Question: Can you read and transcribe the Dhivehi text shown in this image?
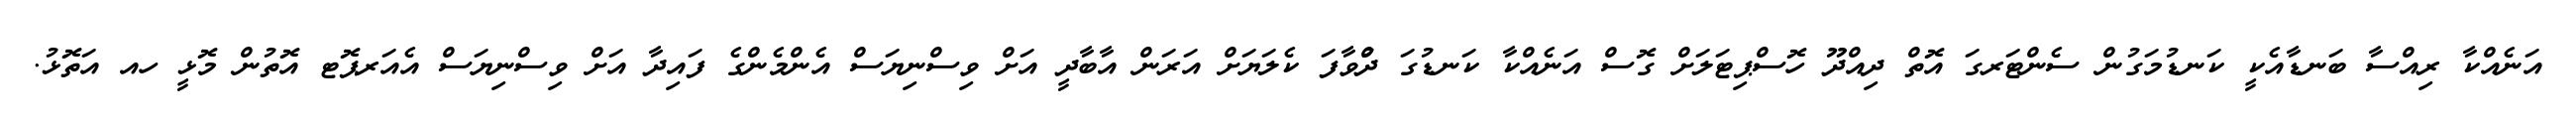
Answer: އަނެއްކާ ރިއްސާ ބަނޑާއެކީ ކަނޑުމަގުން ސެންޓަރގަ އޮތް ދިއްދޫ ހޮސްޕިޓަލަށް ގޮސް އަނެއްކާ ކަނޑުގަ ދުްވާފަ ކެލަޔަށް އަރަން އާބާދީ އަށް ވިސްނިޔަސް އެންމެންގެ ފައިދާ އަށް ވިސްނިޔަސް އެއަރޕޮޓ އޮތުން މޮޅީ ހއ އަތޮޅު.